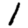
Digit: 1